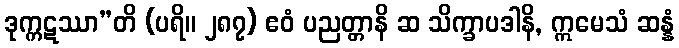
ဒုက္ကဋဿာ”တိ (ပရိ။ ၂၈၇) ဧဝံ ပညတ္တာနိ ဆ သိက္ခာပဒါနိ, ဣမေသံ ဆန္နံ